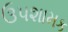
ઉપશામક